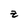
Character: z